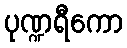
ပုဏ္ဍရီကော